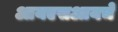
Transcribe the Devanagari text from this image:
आयएसआयचे